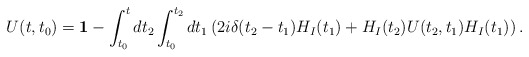
\begin{align*}U(t,t_0)={\bf 1}-\int_{t_0}^t dt_2 \int_{t_0}^{t_{2}}dt_1 \left (2i\delta(t_2-t_1)H_I(t_1)+ H_I(t_2)U(t_2,t_1)H_I(t_1)\right ).\end{align*}